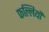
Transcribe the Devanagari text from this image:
फल्लियों